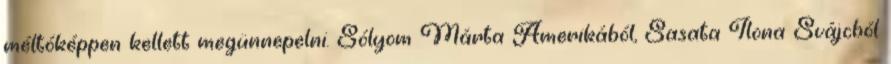
méltóképpen kellett megünnepelni. Sólyom Márta Amerikából, Sasata Ilona Svájcból